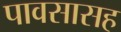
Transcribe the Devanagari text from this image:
पावसासह